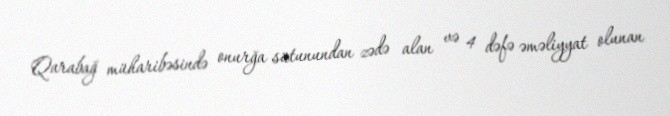
Qarabağ müharibəsində onurğa sütunundan zədə alan və 4 dəfə əməliyyat olunan